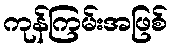
ကုန်ကြမ်းအဖြစ်